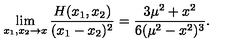
\lim _ { x _ { 1 } , x _ { 2 } \to x } \frac { H ( x _ { 1 } , x _ { 2 } ) } { ( x _ { 1 } - x _ { 2 } ) ^ { 2 } } = \frac { 3 \mu ^ { 2 } + x ^ { 2 } } { 6 ( \mu ^ { 2 } - x ^ { 2 } ) ^ { 3 } } .